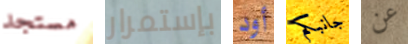
مستجد بإستمرار أود جانبكم عن